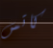
كاتس